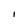
Character: I